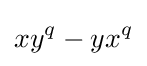
xy^{q}-yx^{q}